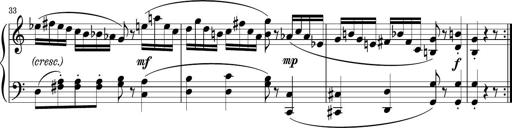
Title: Sonatina PandemÃ³nium
Composer: VÃ­ctor Carbajo
Key: C major